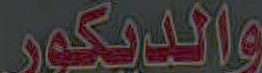
والديكور